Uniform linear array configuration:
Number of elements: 4
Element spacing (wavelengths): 0.5
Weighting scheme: blackman
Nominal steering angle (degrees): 0
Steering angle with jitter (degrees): -1.742
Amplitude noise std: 0.05
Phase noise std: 0.05

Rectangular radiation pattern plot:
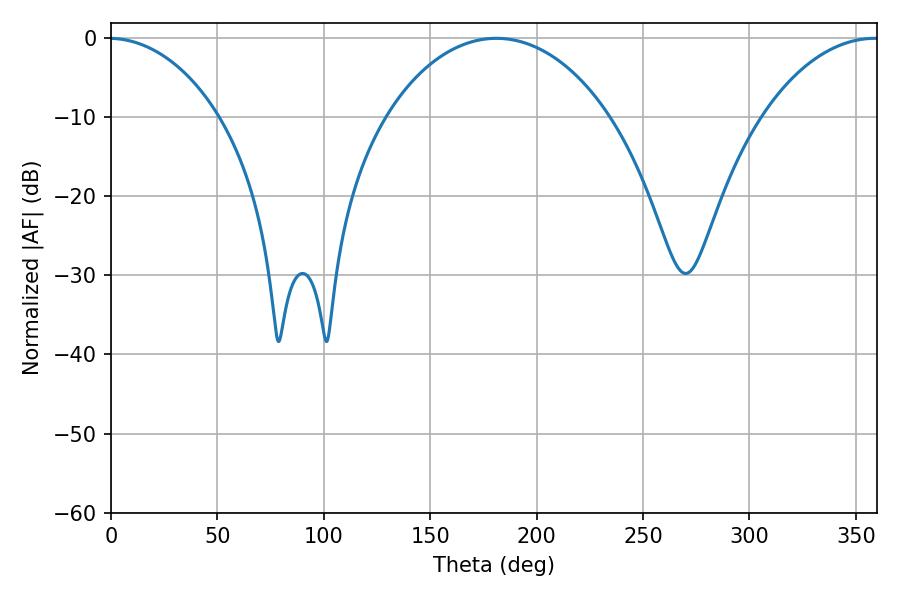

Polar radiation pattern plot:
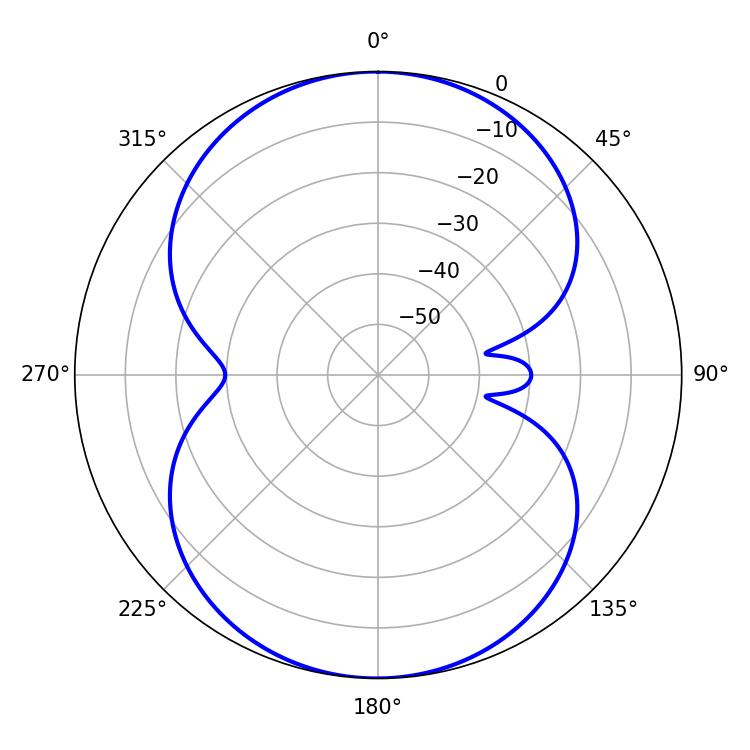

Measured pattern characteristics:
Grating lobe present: FALSE
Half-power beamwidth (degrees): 59.76
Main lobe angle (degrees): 181.08